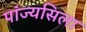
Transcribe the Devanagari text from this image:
पांज्यसिला